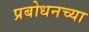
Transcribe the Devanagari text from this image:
प्रबोधनच्या